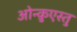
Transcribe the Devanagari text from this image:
ओन्क़ुएस्तु